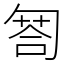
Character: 匒